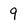
Character: 9